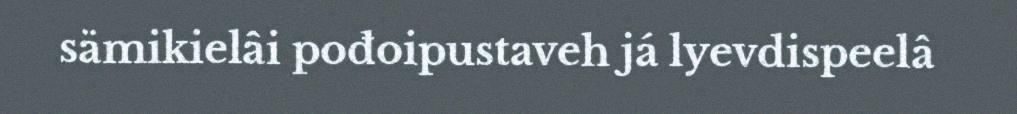
sämikielâi pođoipustaveh já lyevdispeelâ